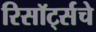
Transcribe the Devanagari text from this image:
रिसॉर्ट्सचे